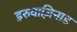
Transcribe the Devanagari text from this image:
इरुवाज़िनाड